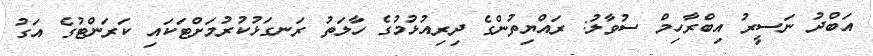
އަބްދު ނަސީރު އިބްރާހިމް ސުވާލު: ރައްޔިތުންގެ ދިރިއުޅުމުގެ ހާލަތު ރަނގަޅުކުރުމަށްޓަކައި ކަރަންޓުގެ އަގު